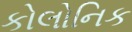
કોલોનિક